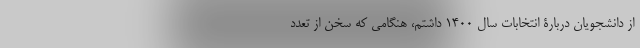
از دانشجویان دربارۀ انتخابات سال ۱۴۰۰ داشتم، هنگامی که سخن از تعدد